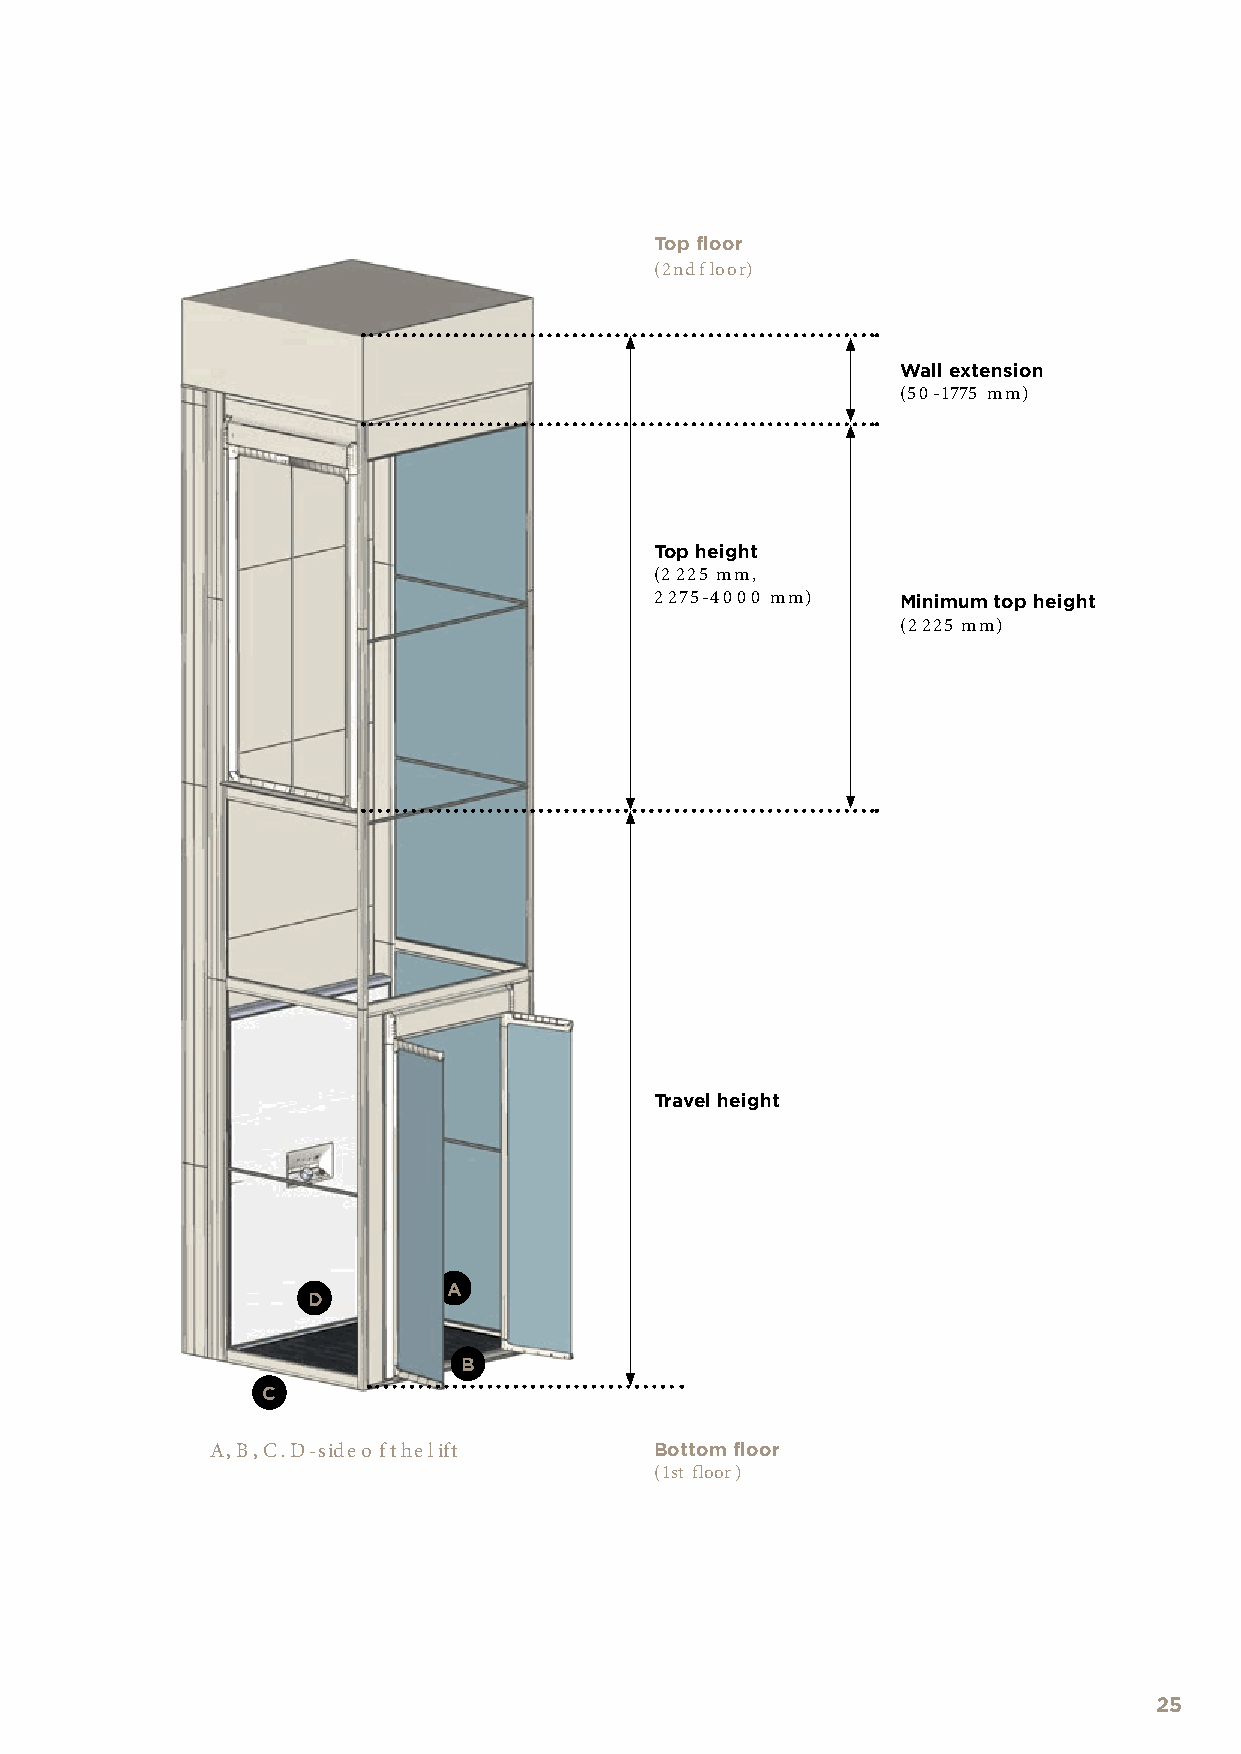
Top floor
 (2nd floor)
 Wall extension
 (50-1775 mm)
 Top height
 (2 225 mm,
 2 275-4000 mm)   Minimum top height
 (2 225 mm)
 Travel height
 A
 D
 B
 C
 A, B, C. D-side o f the lift Bottom floor
 (1st floor)
 25